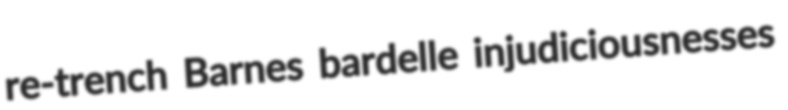
re-trench Barnes bardelle injudiciousnesses